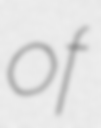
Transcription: of